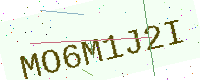
Text: MO6M1J2I